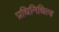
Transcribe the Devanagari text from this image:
प्रधिनिधित्व